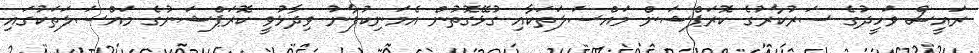
ރައީސް ވަހީދުގެ ސަރުކާރުގެ ކޮރަޕްޝަން މައްސަލަތަކާއި ގުޅޭގޮތުން އެމަނިކުފާނު ވިދާޅުވީ ކޮރަޕްޝަނުގެ މައްސަލަތަކުގައި